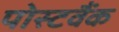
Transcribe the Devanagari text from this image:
पोस्टवैंक